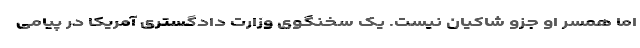
اما همسر او ‌جزو شاکیان نیست. یک سخنگوی وزارت دادگستری آمریکا در پیامی